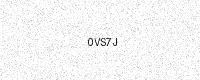
Text: 0VS7J